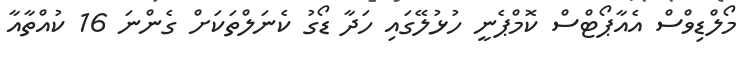
މޯލްޑިވްސް އެއާޕޯޓްސް ކޮމްޕެނީ ހުޅުލޭގައި ހަދާ ޑޯގު ކެނަލްތަކަށް ގެންނަ 16 ކުއްތާއާ